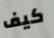
كيف